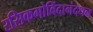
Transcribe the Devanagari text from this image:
रसिकगोविंदानंदधन